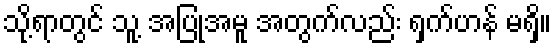
သို့ရာတွင် သူ့ အပြုအမူ အတွက်လည်း ရှက်ဟန် မရှိ။